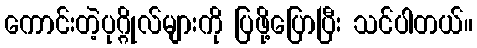
ကောင်းတဲ့ပုဂ္ဂိုလ်များကို ပြဖို့ပြောပြီး သင်ပါတယ်။